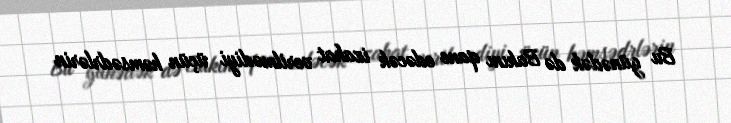
Bu günədək də Bakını qane edəcək izahat verilmədiyi üçün həmsədrlərin